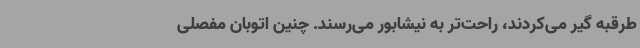
طرقبه گیر می‌کردند، راحت‌تر به نیشابور می‌رسند. چنین اتوبان مفصلی